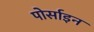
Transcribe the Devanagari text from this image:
पोर्साइन